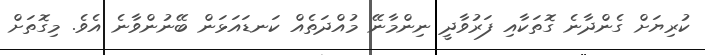
ކުރިޔަށް ގެންދާނެ ގޮތަކާއި ފަރުވާދީ ނިންމާނޭ މުއްދަތެއް ކަނޑައަޅަން ބޭނުންވާނެ އެވެ. މިގޮތަށް